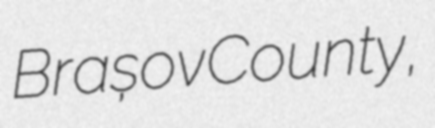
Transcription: Brașov County,